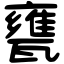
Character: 甕